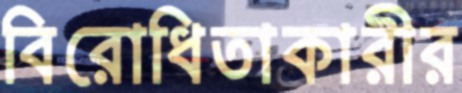
বিরোধিতাকারীর